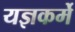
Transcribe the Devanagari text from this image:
यज्ञकर्मे